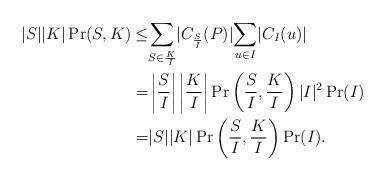
LaTeX: \begin{align*}|S||K| \Pr(S,K)\leq &\underset{S \in \frac{K}{I}}{\sum} |C_{\frac{S}{I}}(P)| \underset{u\in I}{\sum}|C_I(u)|\\=&\left|\frac{S}{I} \right| \left|\frac{K}{I} \right| \Pr \left(\frac{S}{I},\frac{K}{I}\right)|I|^2\Pr(I)\\=&|S||K|\Pr \left(\frac{S}{I},\frac{K}{I}\right)\Pr(I).\end{align*}